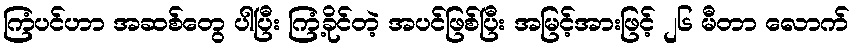
ကြံပင်ဟာ အဆစ်တွေ ပါပြီး ကြံ့ခိုင်တဲ့ အပင်ဖြစ်ပြီး အမြင့်အားဖြင့် ၂၆ မီတာ လောက်